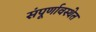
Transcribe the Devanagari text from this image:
संंपूर्णावस्थेत